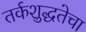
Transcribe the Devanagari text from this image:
तर्कशुद्धतेचा